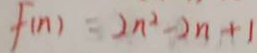
f ( n ) = 2 n ^ { 2 } - 2 n + 1